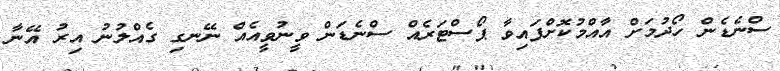
ސްނެޑެން ހޯދުމަށް އާއްމުކޮށްފައިވާ ޕޯސްޓަރެއް ސްނެޑަން ވީނުވީއެއް ނޭނގި ގެއްލުނު އިރު އޭނާ